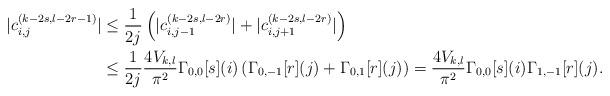
LaTeX: \begin{align*}|c_{i,j}^{(k-2s,l-2r-1)}| & \leq \dfrac{1}{2j}\left(|c_{i,j-1}^{(k-2s,l-2r)}| + |c_{i,j+1}^{(k-2s,l-2r)}|\right)\\ & \leq \dfrac{1}{2j} \frac{4V_{k,l}}{\pi^2}\Gamma_{0,0}[s](i)\left(\Gamma_{0,-1}[r](j)+\Gamma_{0,1}[r](j)\right)= \dfrac{4V_{k,l}}{\pi^2}\Gamma_{0,0}[s](i)\Gamma_{1,-1}[r](j).\end{align*}